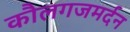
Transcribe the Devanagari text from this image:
कौलगजमर्दन